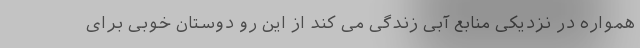
همواره در نزدیکی منابع آبی زندگی می کند از این رو دوستان خوبی برای